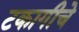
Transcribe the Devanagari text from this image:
टकागीचे